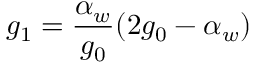
g _ { 1 } = \frac { \alpha _ { w } } { g _ { 0 } } ( 2 g _ { 0 } - \alpha _ { w } )